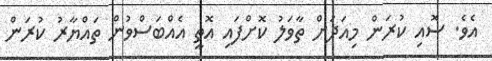
އެވެ. ސޮއި ކުރަން މިއަދަށް ތާވަލު ކޮށްފައި އޮތީ އެއްބަސްވުން ތައްޔާރު ކުރަން